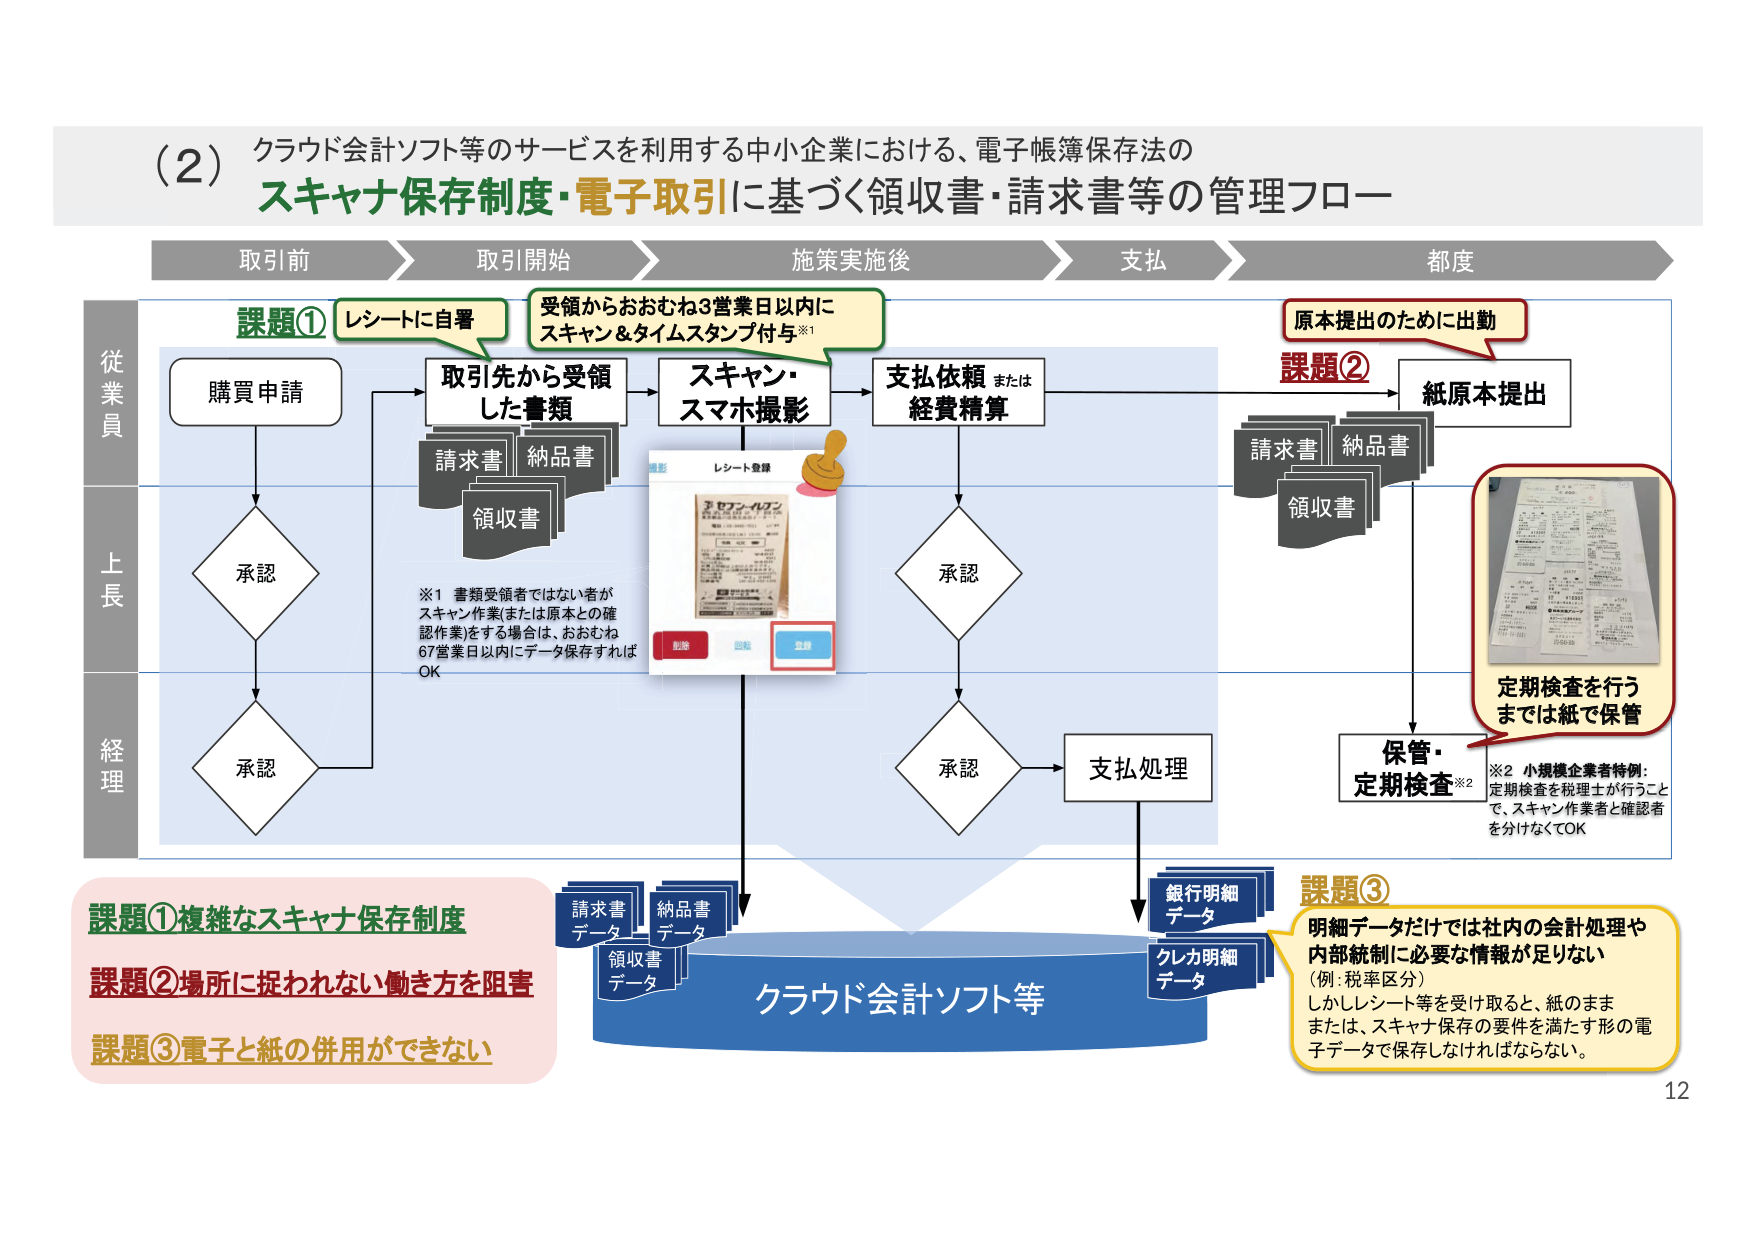
(2) クラウド会計ソフト等のサービスを利用する中小企業における、電子帳簿保存法の
スキャナ保存制度・電子取引に基づく領収書・請求書等の管理フロー

取引前 → 取引開始 → 施策実施後 → 支払 → 都度

従業員
課題① レシートに自署
購入申請
→ 取引先から受領した書類
→ スキャン・スマホ撮影
→ 支払依頼 または 経費精算
→ 承認
→ 承認
→ 承認 → 支払処理

上長
承認
承認

経理
承認

※1 書類受領者ではない者がスキャン作業（または原本との確認作業）をする場合は、おおむね67営業日以内にデータ保存すればOK

請求書
納品書
領収書

レシート登録
[削除] [回転] [登録]
（画像：レシートのスキャン例）

課題②
原本提出のために出勤
→ 紙原本提出
→ 保管・定期検査※2
→ 定期検査を行うまでは紙で保管

請求書
納品書
領収書

※2 小規模企業者特例：定期検査を税理士が行うことで、スキャン作業者と確認者を分けなくてもOK

クラウド会計ソフト等
請求書データ
納品書データ
領収書データ
銀行明細データ
クレカ明細データ

課題① 複雑なスキャナ保存制度
課題② 場所に捉われない働き方を阻害
課題③ 電子と紙の併用ができない

課題③
明細データだけでは社内の会計処理や内部統制に必要な情報が足りない
（例：税率区分）
しかしレシート等を受け取ると、紙のまままたは、スキャナ保存の要件を満たす形の電子データで保存しなければならない。

12